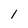
Character: l